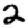
Digit: 2